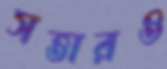
সত্তারও